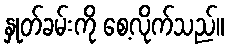
နှုတ်ခမ်းကို စေ့လိုက်သည်။